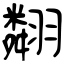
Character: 翷